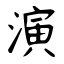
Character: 演